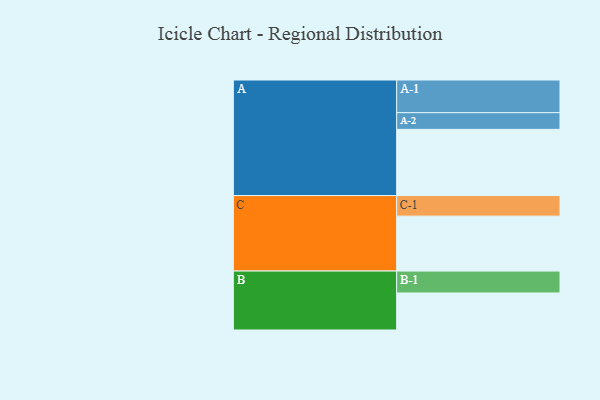
{"axis": {"x": "Segment", "y": "Value"}, "legend": ["", "A", "B", "C"], "data": [{"x": "A", "y": 547, "type": ""}, {"x": "B", "y": 306, "type": ""}, {"x": "C", "y": 454, "type": ""}, {"x": "A-1", "y": 270, "type": "A"}, {"x": "A-2", "y": 138, "type": "A"}, {"x": "B-1", "y": 181, "type": "B"}, {"x": "C-1", "y": 170, "type": "C"}]}